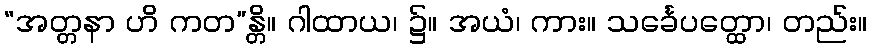
“အတ္တနာ ဟိ ကတ”န္တိ။ ဂါထာယ၊ ၌။ အယံ၊ ကား။ သင်္ခေပတ္ထော၊ တည်း။